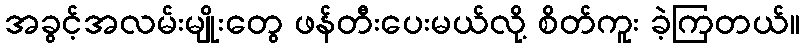
အခွင့်အလမ်းမျိုးတွေ ဖန်တီးပေးမယ်လို့ စိတ်ကူး ခဲ့ကြတယ်။